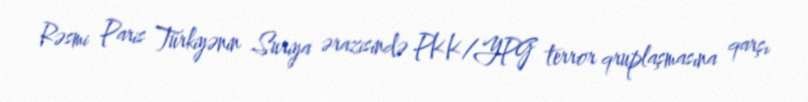
Rəsmi Paris Türkiyənin Suriya ərazisində PKK/YPG terror qruplaşmasına qarşı